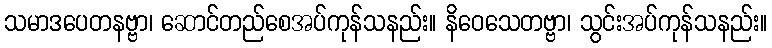
သမာဒပေတနဗ္ဗာ၊ ဆောင်တည်စေအပ်ကုန်သနည်း။ နိဝေသေတဗ္ဗာ၊ သွင်းအပ်ကုန်သနည်း။